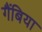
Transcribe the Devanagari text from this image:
गैंबिया